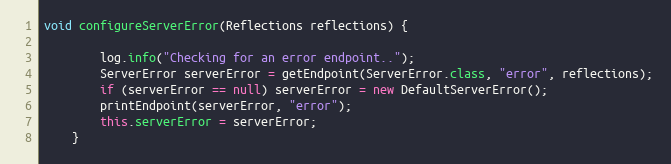
Language: Java
void configureServerError(Reflections reflections) {

        log.info("Checking for an error endpoint..");
        ServerError serverError = getEndpoint(ServerError.class, "error", reflections);
        if (serverError == null) serverError = new DefaultServerError();
        printEndpoint(serverError, "error");
        this.serverError = serverError;
    }